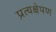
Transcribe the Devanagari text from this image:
प्रत्यक्षेपण